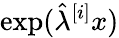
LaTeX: \exp(\hat{\lambda}^{[i]}x)